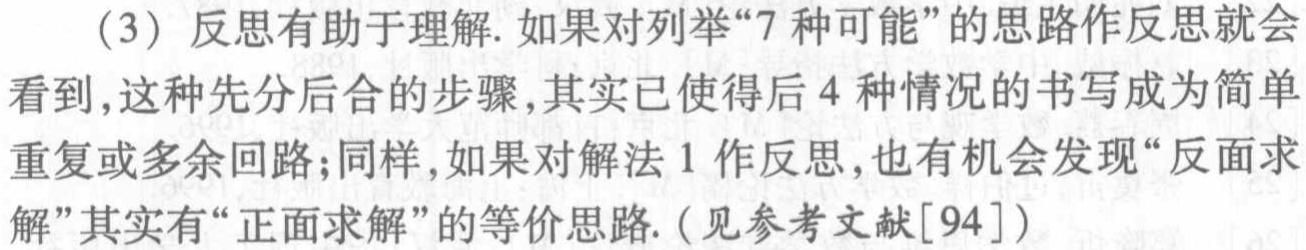
（3）反思有助于理解. 如果对列举“7 种可能”的思路作反思就会看到,这种先分后合的步骤,其实已使得后 4 种情况的书写成为简单重复或多余回路;同样,如果对解法 1 作反思,也有机会发现“反面求解”其实有“正面求解”的等价思路.（见参考文献[94]）